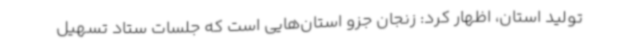
تولید استان، اظهار کرد: زنجان جزو استان‌هایی است که جلسات ستاد تسهیل